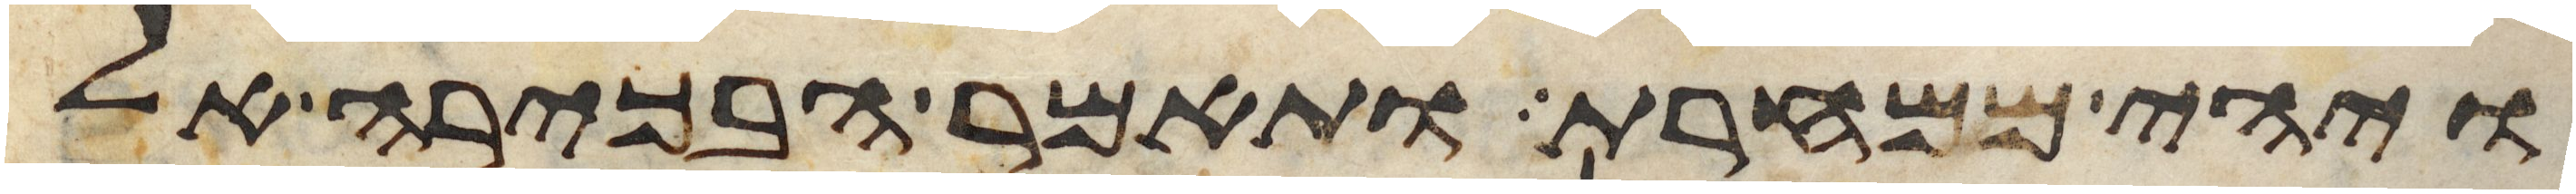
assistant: ויהי ממחרת ותאמר הבכירה אל